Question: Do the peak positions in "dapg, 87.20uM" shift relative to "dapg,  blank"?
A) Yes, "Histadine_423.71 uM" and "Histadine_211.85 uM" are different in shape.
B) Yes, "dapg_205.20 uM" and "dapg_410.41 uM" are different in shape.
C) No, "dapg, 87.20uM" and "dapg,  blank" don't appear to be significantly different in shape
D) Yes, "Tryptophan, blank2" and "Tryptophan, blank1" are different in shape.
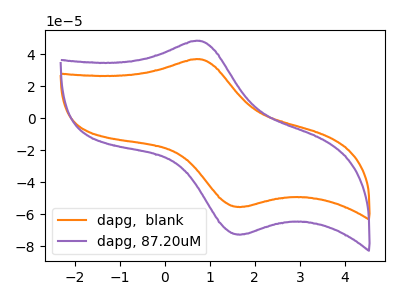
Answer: <think>The orange curve "dapg,  blank" has an anodic peak at (0.75V, 36.80uA) and a cathodic peak at (1.70V, -55.30uA). The purple curve "dapg, 87.20uM" has an anodic peak at (0.75V, 48.25uA) and a cathodic peak at (1.70V, -72.50uA).
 All the peaks in "dapg, 87.20uM" have a peak in "dapg,  blank" at the same potential. Every peak in "dapg, 87.20uM" is higher than every peak in "dapg,  blank".</think>
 <answer>C) No, "dapg, 87.20uM" and "dapg,  blank" don't appear to be significantly different in shape</answer>
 <eval>C</eval>